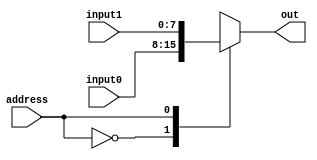
module muxnto1byn
#(parameter width = 8)
(
output reg[width-1:0]   out,
input    address,
input[width-1:0]   input0, input1
);

always @ (input0 or input1 or address) begin
      case (address)
         0 : out <= input0;
         1 : out <= input1;
      endcase
end
endmodule